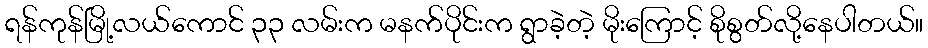
ရန်ကုန်မြို့လယ်ကောင် ၃၃ လမ်းက မနက်ပိုင်းက ရွာခဲ့တဲ့ မိုးကြောင့် စိုစွတ်လို့နေပါတယ်။